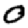
Digit: 0